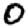
Digit: 0